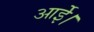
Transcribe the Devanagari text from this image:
आईे।